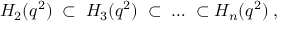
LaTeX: H _ { 2 } ( q ^ { 2 } ) \; \subset \; H _ { 3 } ( q ^ { 2 } ) \; \subset \; \ldots \; \subset H _ { n } ( q ^ { 2 } ) \; ,